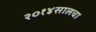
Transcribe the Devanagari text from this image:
२०१४सालचा